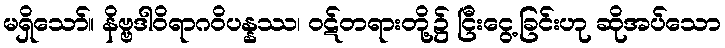
မရှိသော်။ နိဗ္ဗဒါဝိရာဂဝိပန္နဿ၊ ဝဋ်တရားတို့၌ ငြီးငွေ့ခြင်းဟု ဆိုအပ်သော